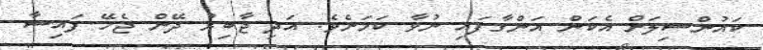
ކައުންސިލަށް އެކަން އަންގާފައި ނުވާ ކަމަށެވެ. އަދި ޖާބިރު ދޭން ޖެހޭ ފައިސާ